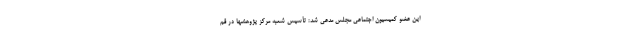
این عضو کمیسیون اجتماعی مجلس مدعی شد: تأسیس شعبه مرکز پژوهشها در قم